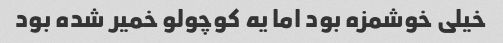
خیلی خوشمزه بود اما یه کوچولو خمیر شده بود